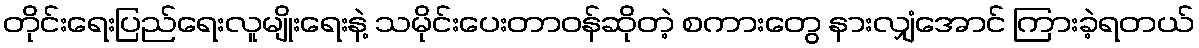
တိုင်းရေးပြည်ရေးလူမျိုးရေးနဲ့ သမိုင်းပေးတာဝန်ဆိုတဲ့ စကားတွေ နားလျှံအောင် ကြားခဲ့ရတယ်